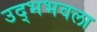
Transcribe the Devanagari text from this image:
उद्भभवला